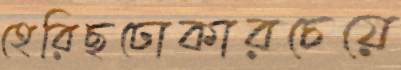
হেরিছঢোকারচেয়ে